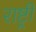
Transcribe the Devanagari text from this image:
राष्ट्र्री